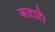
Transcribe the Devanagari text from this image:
कहाहै।